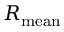
R _ { \mathrm { m e a n } }